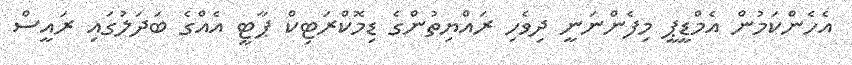
އެހެންކަމުން އެމްޑީޕީ މިފެންނަނީ ދިވެހި ރައްޔިތުންގެ ޑިމޮކްރަޓިކް ޕާޓީ އެއްގެ ބަދަލުގައި ރައީސް